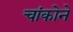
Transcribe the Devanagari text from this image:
चांकोने